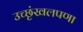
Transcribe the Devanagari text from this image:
उच्छृंखलपणा